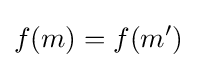
f(m)=f(m')